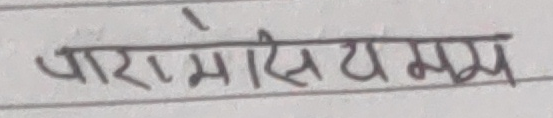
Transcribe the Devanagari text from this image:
पारामिसियम